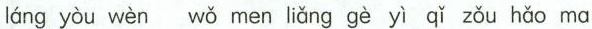
láng yòu wèn wǒ men liǎng gè yì qǐ zǒu hǎo ma